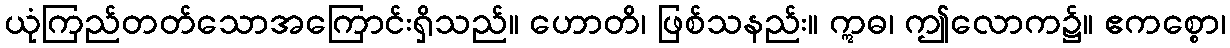
ယုံကြည်တတ်သောအကြောင်းရှိသည်။ ဟောတိ၊ ဖြစ်သနည်း။ ဣဓ၊ ဤလောက၌။ ဧကစ္စော၊